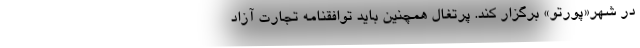
در شهر«پورتو» برگزار کند. پرتغال همچنین باید توافقنامه تجارت آزاد